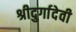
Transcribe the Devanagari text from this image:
श्रीदुर्गादेवी